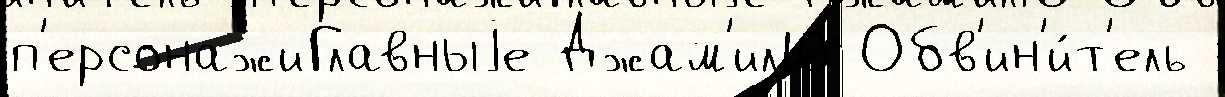
п'ерсонажиГлавныjе Джам'ил10 Обв'ин'и́т'ель